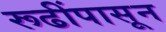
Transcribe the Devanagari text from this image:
रूढींपासून